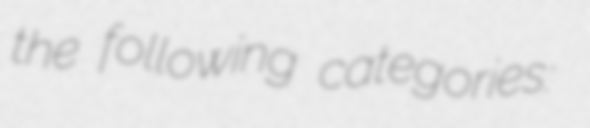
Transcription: the following categories: